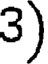
3)